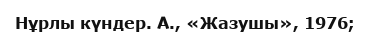
Нұрлы күндер. А., «Жазушы», 1976;